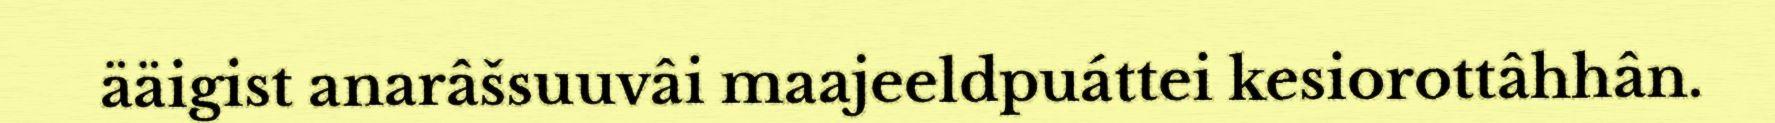
ääigist anarâšsuuvâi maajeeldpuáttei kesiorottâhhân.